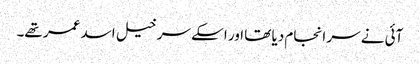
آئی نے سر انجام دیا تھا اور اسکے سرخیل اسد عمر تھے۔